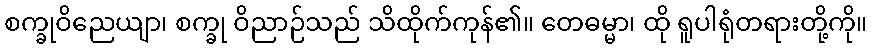
စက္ခုဝိညေယျာ၊ စက္ခု ဝိညာဉ်သည် သိထိုက်ကုန်၏။ တေဓမ္မာ၊ ထို ရူပါရုံတရားတို့ကို။